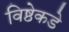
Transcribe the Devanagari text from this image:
विष्ठेकडे